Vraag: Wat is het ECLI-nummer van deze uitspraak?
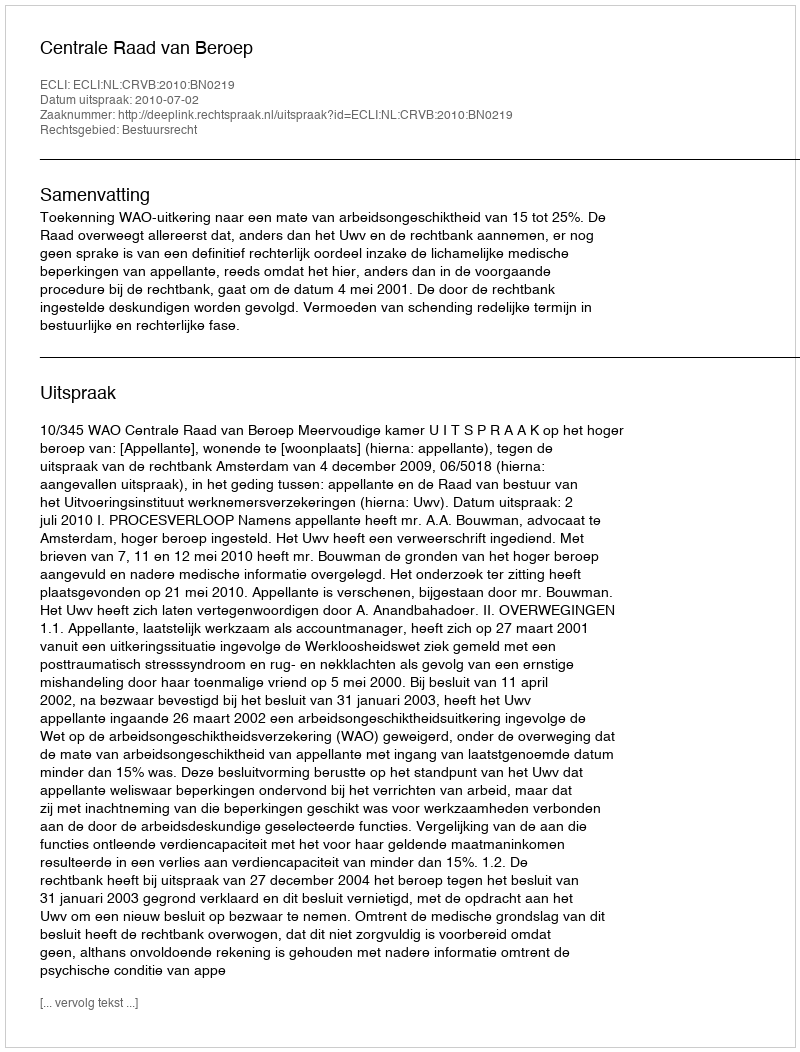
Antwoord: ECLI:NL:CRVB:2010:BN0219